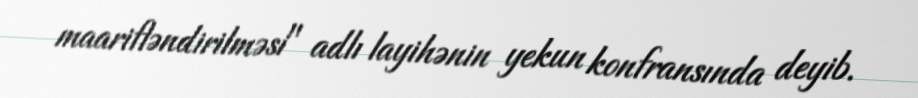
maarifləndirilməsi" adlı layihənin yekun konfransında deyib.